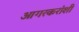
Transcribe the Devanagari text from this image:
आगरकरांशी